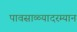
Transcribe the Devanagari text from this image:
पावसाळ्यादरम्यान